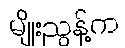
မျိုးညွန့်က